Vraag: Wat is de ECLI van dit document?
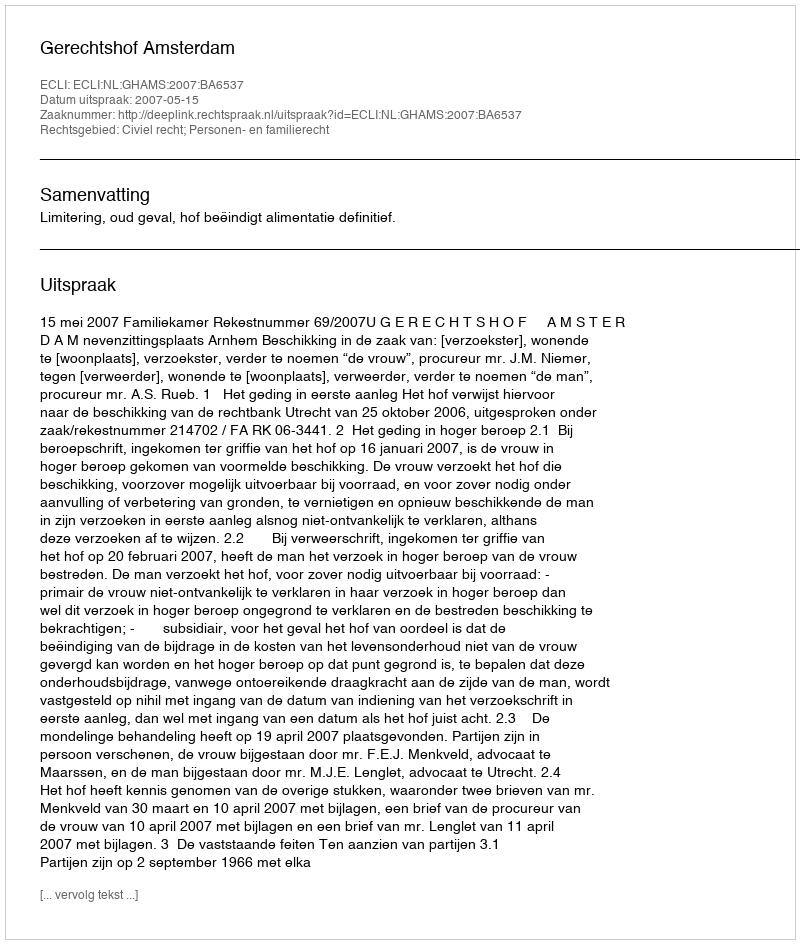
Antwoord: ECLI:NL:GHAMS:2007:BA6537